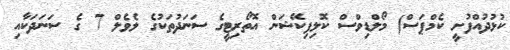
ކުޅުދުއްފުށީ ކެމްޕަސް) މޯލްޑިވްސް ކޮލިފިކޭޝަން އޮތޯރިޓީގެ ސަނަދުތަކުގެ ލެވެލް 7 ގެ ސަނަދަކާއި